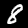
Digit: 8